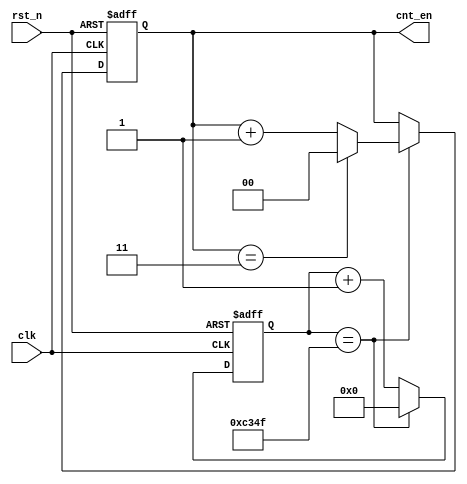
`timescale 1ns / 1ps
//////////////////////////////////////////////////////////////////////////////////
// Company: 
// Engineer: 
// 
// Design Name: 
// Module Name:    div 
// Project Name: 
// Target Devices: 
// Tool versions: 
// Description: 
//
// Dependencies: 
//
// Revision: 
// Revision 0.01 - File Created
// Additional Comments: 
//
//////////////////////////////////////////////////////////////////////////////////
module div2(
input clk,
input rst_n,
output reg [1:0] cnt_en
);

reg [24:0] cnt_div;
always@(posedge clk or negedge rst_n)
begin
	if(~rst_n)
		cnt_div <=25'h0;
	else if (cnt_div == 25'd49_999)
		cnt_div <= 25'h0;
	else
		cnt_div <= cnt_div + 25'h1;
end

always@(posedge clk or negedge rst_n)
begin 
	if(~rst_n)
		cnt_en <=2'b00;
	else if(cnt_div==25'd49_999)
	begin
		if(cnt_en==2'b11)
			cnt_en <= 2'b00;
		else
			cnt_en <= cnt_en + 2'b01;
	end
end


endmodule